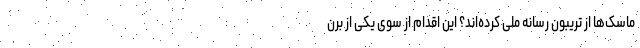
ماسک‌ها از تریبون رسانه ملی کرده‌اند؟ این اقدام از سوی یکی از برن